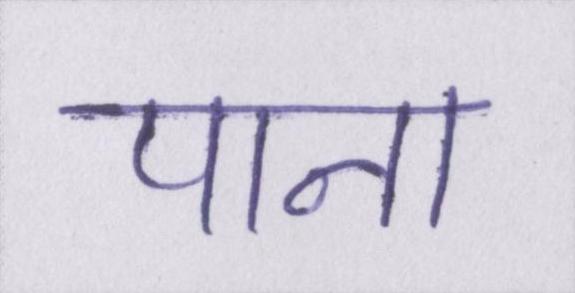
पाना